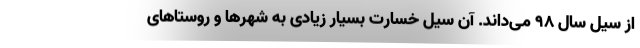
از سیل سال ۹۸ می‌داند. آن سیل خسارت بسیار زیادی به شهرها و روستاهای